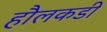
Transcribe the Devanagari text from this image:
हौलकडी